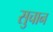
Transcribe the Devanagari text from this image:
सुचान